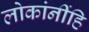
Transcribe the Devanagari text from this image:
लोकांनींहि